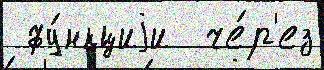
 фу́нкциjи  че́р'ез